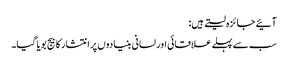
آئیے جائزہ لیتے ہیں:
سب سے پہلے علاقائی اور لسانی بنیادوں پر انتشار کا بیج بویا گیا۔